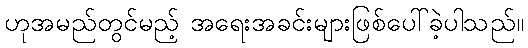
ဟုအမည်တွင်မည့် အရေးအခင်းများဖြစ်ပေါ်ခဲ့ပါသည်။